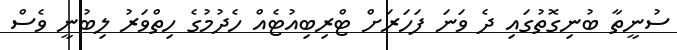
ސުނީތާ ބުނިގޮތުގައި ދެ ވަނަ ފަހަރަށް ޓްރިބިއުޓެއް ހެދުމުގެ ހިތްވަރު ލިބުނީ ވެސް